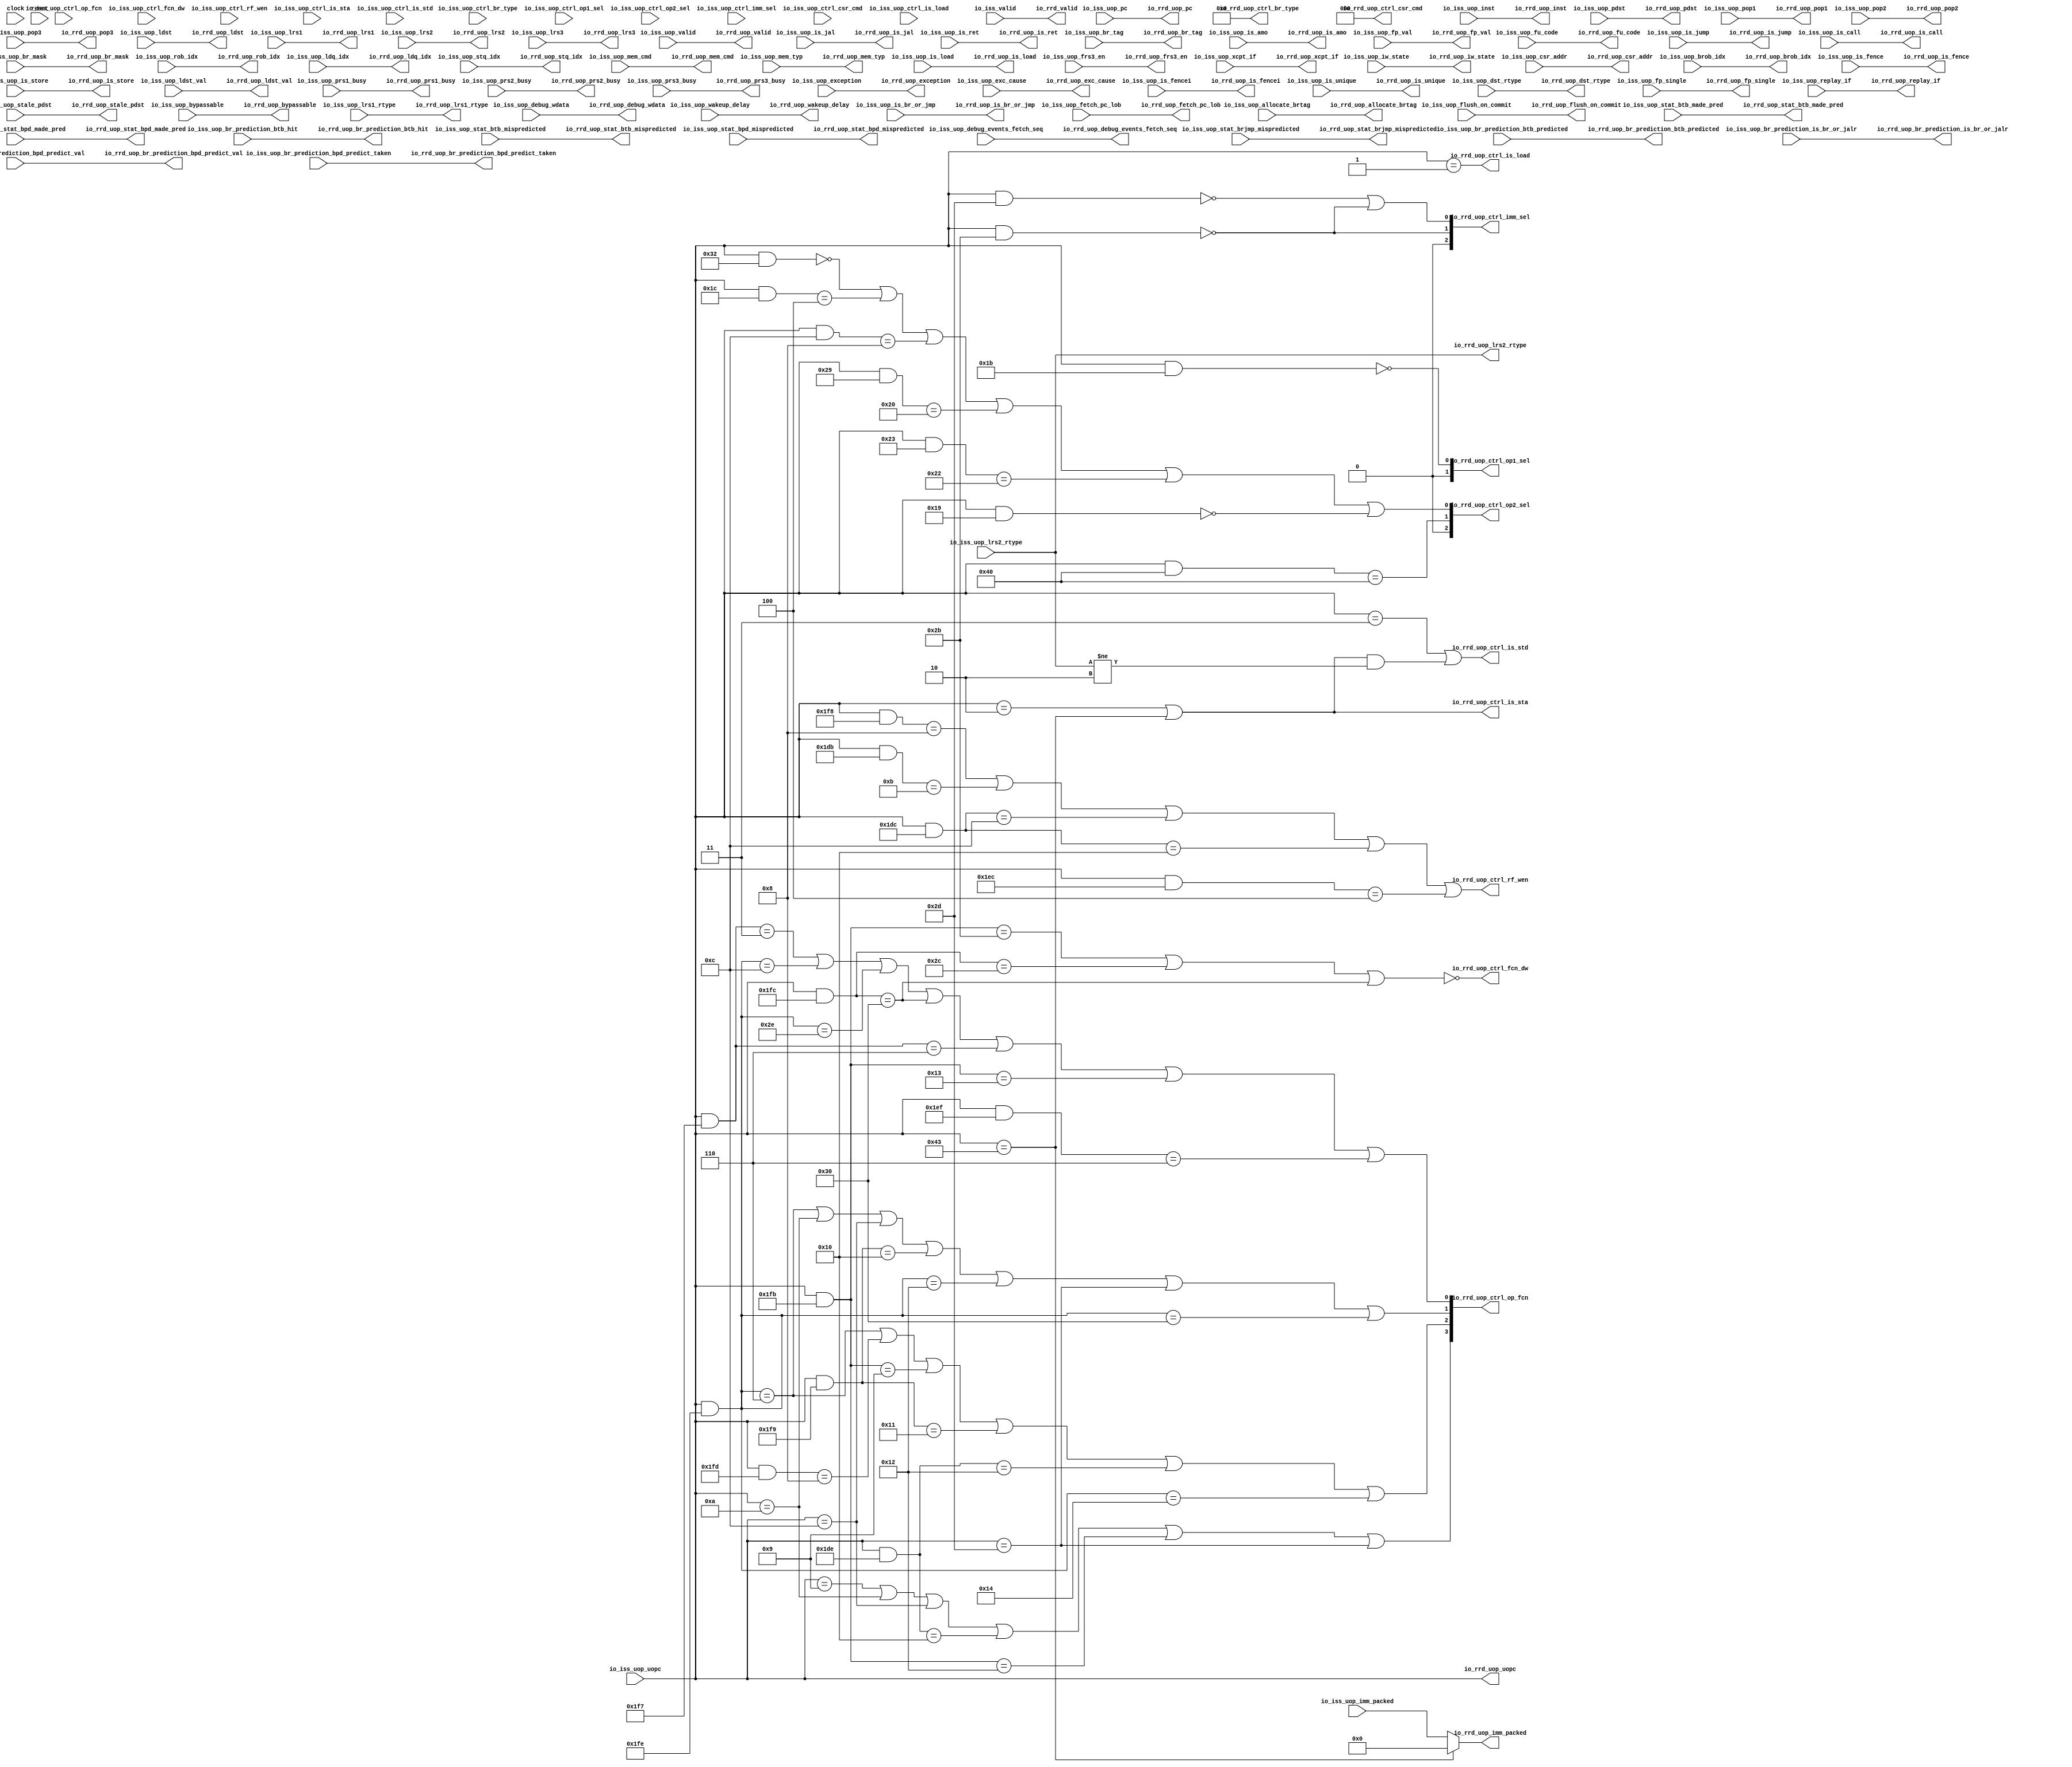
module RegisterReadDecode_3(
  input   clock,
  input   reset,
  input   io_iss_valid,
  input   io_iss_uop_valid,
  input  [1:0] io_iss_uop_iw_state,
  input  [8:0] io_iss_uop_uopc,
  input  [31:0] io_iss_uop_inst,
  input  [39:0] io_iss_uop_pc,
  input  [7:0] io_iss_uop_fu_code,
  input  [3:0] io_iss_uop_ctrl_br_type,
  input  [1:0] io_iss_uop_ctrl_op1_sel,
  input  [2:0] io_iss_uop_ctrl_op2_sel,
  input  [2:0] io_iss_uop_ctrl_imm_sel,
  input  [3:0] io_iss_uop_ctrl_op_fcn,
  input   io_iss_uop_ctrl_fcn_dw,
  input   io_iss_uop_ctrl_rf_wen,
  input  [2:0] io_iss_uop_ctrl_csr_cmd,
  input   io_iss_uop_ctrl_is_load,
  input   io_iss_uop_ctrl_is_sta,
  input   io_iss_uop_ctrl_is_std,
  input  [1:0] io_iss_uop_wakeup_delay,
  input   io_iss_uop_allocate_brtag,
  input   io_iss_uop_is_br_or_jmp,
  input   io_iss_uop_is_jump,
  input   io_iss_uop_is_jal,
  input   io_iss_uop_is_ret,
  input   io_iss_uop_is_call,
  input  [7:0] io_iss_uop_br_mask,
  input  [2:0] io_iss_uop_br_tag,
  input   io_iss_uop_br_prediction_bpd_predict_val,
  input   io_iss_uop_br_prediction_bpd_predict_taken,
  input   io_iss_uop_br_prediction_btb_hit,
  input   io_iss_uop_br_prediction_btb_predicted,
  input   io_iss_uop_br_prediction_is_br_or_jalr,
  input   io_iss_uop_stat_brjmp_mispredicted,
  input   io_iss_uop_stat_btb_made_pred,
  input   io_iss_uop_stat_btb_mispredicted,
  input   io_iss_uop_stat_bpd_made_pred,
  input   io_iss_uop_stat_bpd_mispredicted,
  input  [3:0] io_iss_uop_fetch_pc_lob,
  input  [19:0] io_iss_uop_imm_packed,
  input  [11:0] io_iss_uop_csr_addr,
  input  [6:0] io_iss_uop_rob_idx,
  input  [4:0] io_iss_uop_ldq_idx,
  input  [4:0] io_iss_uop_stq_idx,
  input  [4:0] io_iss_uop_brob_idx,
  input  [6:0] io_iss_uop_pdst,
  input  [6:0] io_iss_uop_pop1,
  input  [6:0] io_iss_uop_pop2,
  input  [6:0] io_iss_uop_pop3,
  input   io_iss_uop_prs1_busy,
  input   io_iss_uop_prs2_busy,
  input   io_iss_uop_prs3_busy,
  input  [6:0] io_iss_uop_stale_pdst,
  input   io_iss_uop_exception,
  input  [63:0] io_iss_uop_exc_cause,
  input   io_iss_uop_bypassable,
  input  [3:0] io_iss_uop_mem_cmd,
  input  [2:0] io_iss_uop_mem_typ,
  input   io_iss_uop_is_fence,
  input   io_iss_uop_is_fencei,
  input   io_iss_uop_is_store,
  input   io_iss_uop_is_amo,
  input   io_iss_uop_is_load,
  input   io_iss_uop_is_unique,
  input   io_iss_uop_flush_on_commit,
  input  [5:0] io_iss_uop_ldst,
  input  [5:0] io_iss_uop_lrs1,
  input  [5:0] io_iss_uop_lrs2,
  input  [5:0] io_iss_uop_lrs3,
  input   io_iss_uop_ldst_val,
  input  [1:0] io_iss_uop_dst_rtype,
  input  [1:0] io_iss_uop_lrs1_rtype,
  input  [1:0] io_iss_uop_lrs2_rtype,
  input   io_iss_uop_frs3_en,
  input   io_iss_uop_fp_val,
  input   io_iss_uop_fp_single,
  input   io_iss_uop_xcpt_if,
  input   io_iss_uop_replay_if,
  input  [63:0] io_iss_uop_debug_wdata,
  input  [31:0] io_iss_uop_debug_events_fetch_seq,
  output  io_rrd_valid,
  output  io_rrd_uop_valid,
  output [1:0] io_rrd_uop_iw_state,
  output [8:0] io_rrd_uop_uopc,
  output [31:0] io_rrd_uop_inst,
  output [39:0] io_rrd_uop_pc,
  output [7:0] io_rrd_uop_fu_code,
  output [3:0] io_rrd_uop_ctrl_br_type,
  output [1:0] io_rrd_uop_ctrl_op1_sel,
  output [2:0] io_rrd_uop_ctrl_op2_sel,
  output [2:0] io_rrd_uop_ctrl_imm_sel,
  output [3:0] io_rrd_uop_ctrl_op_fcn,
  output  io_rrd_uop_ctrl_fcn_dw,
  output  io_rrd_uop_ctrl_rf_wen,
  output [2:0] io_rrd_uop_ctrl_csr_cmd,
  output  io_rrd_uop_ctrl_is_load,
  output  io_rrd_uop_ctrl_is_sta,
  output  io_rrd_uop_ctrl_is_std,
  output [1:0] io_rrd_uop_wakeup_delay,
  output  io_rrd_uop_allocate_brtag,
  output  io_rrd_uop_is_br_or_jmp,
  output  io_rrd_uop_is_jump,
  output  io_rrd_uop_is_jal,
  output  io_rrd_uop_is_ret,
  output  io_rrd_uop_is_call,
  output [7:0] io_rrd_uop_br_mask,
  output [2:0] io_rrd_uop_br_tag,
  output  io_rrd_uop_br_prediction_bpd_predict_val,
  output  io_rrd_uop_br_prediction_bpd_predict_taken,
  output  io_rrd_uop_br_prediction_btb_hit,
  output  io_rrd_uop_br_prediction_btb_predicted,
  output  io_rrd_uop_br_prediction_is_br_or_jalr,
  output  io_rrd_uop_stat_brjmp_mispredicted,
  output  io_rrd_uop_stat_btb_made_pred,
  output  io_rrd_uop_stat_btb_mispredicted,
  output  io_rrd_uop_stat_bpd_made_pred,
  output  io_rrd_uop_stat_bpd_mispredicted,
  output [3:0] io_rrd_uop_fetch_pc_lob,
  output [19:0] io_rrd_uop_imm_packed,
  output [11:0] io_rrd_uop_csr_addr,
  output [6:0] io_rrd_uop_rob_idx,
  output [4:0] io_rrd_uop_ldq_idx,
  output [4:0] io_rrd_uop_stq_idx,
  output [4:0] io_rrd_uop_brob_idx,
  output [6:0] io_rrd_uop_pdst,
  output [6:0] io_rrd_uop_pop1,
  output [6:0] io_rrd_uop_pop2,
  output [6:0] io_rrd_uop_pop3,
  output  io_rrd_uop_prs1_busy,
  output  io_rrd_uop_prs2_busy,
  output  io_rrd_uop_prs3_busy,
  output [6:0] io_rrd_uop_stale_pdst,
  output  io_rrd_uop_exception,
  output [63:0] io_rrd_uop_exc_cause,
  output  io_rrd_uop_bypassable,
  output [3:0] io_rrd_uop_mem_cmd,
  output [2:0] io_rrd_uop_mem_typ,
  output  io_rrd_uop_is_fence,
  output  io_rrd_uop_is_fencei,
  output  io_rrd_uop_is_store,
  output  io_rrd_uop_is_amo,
  output  io_rrd_uop_is_load,
  output  io_rrd_uop_is_unique,
  output  io_rrd_uop_flush_on_commit,
  output [5:0] io_rrd_uop_ldst,
  output [5:0] io_rrd_uop_lrs1,
  output [5:0] io_rrd_uop_lrs2,
  output [5:0] io_rrd_uop_lrs3,
  output  io_rrd_uop_ldst_val,
  output [1:0] io_rrd_uop_dst_rtype,
  output [1:0] io_rrd_uop_lrs1_rtype,
  output [1:0] io_rrd_uop_lrs2_rtype,
  output  io_rrd_uop_frs3_en,
  output  io_rrd_uop_fp_val,
  output  io_rrd_uop_fp_single,
  output  io_rrd_uop_xcpt_if,
  output  io_rrd_uop_replay_if,
  output [63:0] io_rrd_uop_debug_wdata,
  output [31:0] io_rrd_uop_debug_events_fetch_seq
);
  wire [3:0] rrd_cs_br_type;
  wire  rrd_cs_use_alupipe;
  wire  rrd_cs_use_muldivpipe;
  wire  rrd_cs_use_mempipe;
  wire [3:0] rrd_cs_op_fcn;
  wire  rrd_cs_fcn_dw;
  wire [1:0] rrd_cs_op1_sel;
  wire [2:0] rrd_cs_op2_sel;
  wire [2:0] rrd_cs_imm_sel;
  wire  rrd_cs_rf_wen;
  wire [2:0] rrd_cs_csr_cmd;
  wire [8:0] _T_396;
  wire  _T_398;
  wire [8:0] _T_400;
  wire  _T_402;
  wire [8:0] _T_404;
  wire  _T_406;
  wire  _T_409;
  wire  _T_410;
  wire  _T_411;
  wire [8:0] _T_418;
  wire  _T_420;
  wire  _T_424;
  wire  _T_428;
  wire [8:0] _T_430;
  wire  _T_432;
  wire  _T_436;
  wire [8:0] _T_438;
  wire  _T_440;
  wire [8:0] _T_442;
  wire  _T_444;
  wire  _T_447;
  wire  _T_448;
  wire  _T_449;
  wire  _T_450;
  wire  _T_451;
  wire  _T_452;
  wire  _T_456;
  wire  _T_458;
  wire  _T_460;
  wire [8:0] _T_462;
  wire  _T_464;
  wire  _T_468;
  wire  _T_470;
  wire  _T_474;
  wire  _T_477;
  wire  _T_478;
  wire  _T_479;
  wire  _T_480;
  wire  _T_481;
  wire  _T_482;
  wire  _T_486;
  wire  _T_490;
  wire  _T_494;
  wire [8:0] _T_496;
  wire  _T_498;
  wire  _T_502;
  wire  _T_505;
  wire  _T_506;
  wire  _T_507;
  wire  _T_508;
  wire  _T_509;
  wire  _T_511;
  wire  _T_515;
  wire  _T_519;
  wire  _T_522;
  wire  _T_523;
  wire  _T_524;
  wire  _T_525;
  wire  _T_526;
  wire [1:0] _T_527;
  wire [1:0] _T_528;
  wire [3:0] _T_529;
  wire  _T_533;
  wire  _T_537;
  wire  _T_540;
  wire  _T_541;
  wire  _T_542;
  wire [8:0] _T_544;
  wire  _T_546;
  wire [1:0] _T_550;
  wire [8:0] _T_552;
  wire  _T_554;
  wire [8:0] _T_556;
  wire  _T_558;
  wire [8:0] _T_560;
  wire  _T_562;
  wire [8:0] _T_564;
  wire  _T_566;
  wire [8:0] _T_568;
  wire  _T_570;
  wire [8:0] _T_572;
  wire  _T_574;
  wire  _T_577;
  wire  _T_578;
  wire  _T_579;
  wire  _T_580;
  wire  _T_581;
  wire [8:0] _T_583;
  wire  _T_585;
  wire [1:0] _T_589;
  wire [2:0] _T_590;
  wire [8:0] _T_592;
  wire  _T_594;
  wire [8:0] _T_596;
  wire  _T_598;
  wire  _T_601;
  wire [1:0] _T_605;
  wire [2:0] _T_606;
  wire [8:0] _T_608;
  wire  _T_610;
  wire [8:0] _T_612;
  wire  _T_614;
  wire [8:0] _T_616;
  wire  _T_618;
  wire  _T_622;
  wire [8:0] _T_624;
  wire  _T_626;
  wire  _T_629;
  wire  _T_630;
  wire  _T_631;
  wire  _T_632;
  wire  _T_639;
  wire  _T_640;
  wire  _T_641;
  wire  _T_642;
  wire  _T_643;
  wire  _T_644;
  wire  _T_645;
  wire  _T_646;
  wire [19:0] _GEN_0;
  wire  _T_650;
  wire  _T_652;
  wire  _T_653;
  wire  _T_655;
  wire  csr_ren;
  wire [2:0] _T_657;
  assign io_rrd_valid = io_iss_valid;
  assign io_rrd_uop_valid = io_iss_uop_valid;
  assign io_rrd_uop_iw_state = io_iss_uop_iw_state;
  assign io_rrd_uop_uopc = io_iss_uop_uopc;
  assign io_rrd_uop_inst = io_iss_uop_inst;
  assign io_rrd_uop_pc = io_iss_uop_pc;
  assign io_rrd_uop_fu_code = io_iss_uop_fu_code;
  assign io_rrd_uop_ctrl_br_type = rrd_cs_br_type;
  assign io_rrd_uop_ctrl_op1_sel = rrd_cs_op1_sel;
  assign io_rrd_uop_ctrl_op2_sel = rrd_cs_op2_sel;
  assign io_rrd_uop_ctrl_imm_sel = rrd_cs_imm_sel;
  assign io_rrd_uop_ctrl_op_fcn = rrd_cs_op_fcn;
  assign io_rrd_uop_ctrl_fcn_dw = rrd_cs_fcn_dw;
  assign io_rrd_uop_ctrl_rf_wen = rrd_cs_rf_wen;
  assign io_rrd_uop_ctrl_csr_cmd = _T_657;
  assign io_rrd_uop_ctrl_is_load = _T_639;
  assign io_rrd_uop_ctrl_is_sta = _T_642;
  assign io_rrd_uop_ctrl_is_std = _T_646;
  assign io_rrd_uop_wakeup_delay = io_iss_uop_wakeup_delay;
  assign io_rrd_uop_allocate_brtag = io_iss_uop_allocate_brtag;
  assign io_rrd_uop_is_br_or_jmp = io_iss_uop_is_br_or_jmp;
  assign io_rrd_uop_is_jump = io_iss_uop_is_jump;
  assign io_rrd_uop_is_jal = io_iss_uop_is_jal;
  assign io_rrd_uop_is_ret = io_iss_uop_is_ret;
  assign io_rrd_uop_is_call = io_iss_uop_is_call;
  assign io_rrd_uop_br_mask = io_iss_uop_br_mask;
  assign io_rrd_uop_br_tag = io_iss_uop_br_tag;
  assign io_rrd_uop_br_prediction_bpd_predict_val = io_iss_uop_br_prediction_bpd_predict_val;
  assign io_rrd_uop_br_prediction_bpd_predict_taken = io_iss_uop_br_prediction_bpd_predict_taken;
  assign io_rrd_uop_br_prediction_btb_hit = io_iss_uop_br_prediction_btb_hit;
  assign io_rrd_uop_br_prediction_btb_predicted = io_iss_uop_br_prediction_btb_predicted;
  assign io_rrd_uop_br_prediction_is_br_or_jalr = io_iss_uop_br_prediction_is_br_or_jalr;
  assign io_rrd_uop_stat_brjmp_mispredicted = io_iss_uop_stat_brjmp_mispredicted;
  assign io_rrd_uop_stat_btb_made_pred = io_iss_uop_stat_btb_made_pred;
  assign io_rrd_uop_stat_btb_mispredicted = io_iss_uop_stat_btb_mispredicted;
  assign io_rrd_uop_stat_bpd_made_pred = io_iss_uop_stat_bpd_made_pred;
  assign io_rrd_uop_stat_bpd_mispredicted = io_iss_uop_stat_bpd_mispredicted;
  assign io_rrd_uop_fetch_pc_lob = io_iss_uop_fetch_pc_lob;
  assign io_rrd_uop_imm_packed = _GEN_0;
  assign io_rrd_uop_csr_addr = io_iss_uop_csr_addr;
  assign io_rrd_uop_rob_idx = io_iss_uop_rob_idx;
  assign io_rrd_uop_ldq_idx = io_iss_uop_ldq_idx;
  assign io_rrd_uop_stq_idx = io_iss_uop_stq_idx;
  assign io_rrd_uop_brob_idx = io_iss_uop_brob_idx;
  assign io_rrd_uop_pdst = io_iss_uop_pdst;
  assign io_rrd_uop_pop1 = io_iss_uop_pop1;
  assign io_rrd_uop_pop2 = io_iss_uop_pop2;
  assign io_rrd_uop_pop3 = io_iss_uop_pop3;
  assign io_rrd_uop_prs1_busy = io_iss_uop_prs1_busy;
  assign io_rrd_uop_prs2_busy = io_iss_uop_prs2_busy;
  assign io_rrd_uop_prs3_busy = io_iss_uop_prs3_busy;
  assign io_rrd_uop_stale_pdst = io_iss_uop_stale_pdst;
  assign io_rrd_uop_exception = io_iss_uop_exception;
  assign io_rrd_uop_exc_cause = io_iss_uop_exc_cause;
  assign io_rrd_uop_bypassable = io_iss_uop_bypassable;
  assign io_rrd_uop_mem_cmd = io_iss_uop_mem_cmd;
  assign io_rrd_uop_mem_typ = io_iss_uop_mem_typ;
  assign io_rrd_uop_is_fence = io_iss_uop_is_fence;
  assign io_rrd_uop_is_fencei = io_iss_uop_is_fencei;
  assign io_rrd_uop_is_store = io_iss_uop_is_store;
  assign io_rrd_uop_is_amo = io_iss_uop_is_amo;
  assign io_rrd_uop_is_load = io_iss_uop_is_load;
  assign io_rrd_uop_is_unique = io_iss_uop_is_unique;
  assign io_rrd_uop_flush_on_commit = io_iss_uop_flush_on_commit;
  assign io_rrd_uop_ldst = io_iss_uop_ldst;
  assign io_rrd_uop_lrs1 = io_iss_uop_lrs1;
  assign io_rrd_uop_lrs2 = io_iss_uop_lrs2;
  assign io_rrd_uop_lrs3 = io_iss_uop_lrs3;
  assign io_rrd_uop_ldst_val = io_iss_uop_ldst_val;
  assign io_rrd_uop_dst_rtype = io_iss_uop_dst_rtype;
  assign io_rrd_uop_lrs1_rtype = io_iss_uop_lrs1_rtype;
  assign io_rrd_uop_lrs2_rtype = io_iss_uop_lrs2_rtype;
  assign io_rrd_uop_frs3_en = io_iss_uop_frs3_en;
  assign io_rrd_uop_fp_val = io_iss_uop_fp_val;
  assign io_rrd_uop_fp_single = io_iss_uop_fp_single;
  assign io_rrd_uop_xcpt_if = io_iss_uop_xcpt_if;
  assign io_rrd_uop_replay_if = io_iss_uop_replay_if;
  assign io_rrd_uop_debug_wdata = io_iss_uop_debug_wdata;
  assign io_rrd_uop_debug_events_fetch_seq = io_iss_uop_debug_events_fetch_seq;
  assign rrd_cs_br_type = 4'h0;
  assign rrd_cs_use_alupipe = _T_411;
  assign rrd_cs_use_muldivpipe = 1'h0;
  assign rrd_cs_use_mempipe = _T_410;
  assign rrd_cs_op_fcn = _T_529;
  assign rrd_cs_fcn_dw = _T_542;
  assign rrd_cs_op1_sel = _T_550;
  assign rrd_cs_op2_sel = _T_590;
  assign rrd_cs_imm_sel = _T_606;
  assign rrd_cs_rf_wen = _T_632;
  assign rrd_cs_csr_cmd = 3'h0;
  assign _T_396 = io_rrd_uop_uopc & 9'h1fd;
  assign _T_398 = _T_396 == 9'h1;
  assign _T_400 = io_rrd_uop_uopc & 9'h1fe;
  assign _T_402 = _T_400 == 9'h2;
  assign _T_404 = io_rrd_uop_uopc & 9'h1bf;
  assign _T_406 = _T_404 == 9'h3;
  assign _T_409 = _T_398 | _T_402;
  assign _T_410 = _T_409 | _T_406;
  assign _T_411 = ~ _T_410;
  assign _T_418 = io_rrd_uop_uopc & 9'h1f7;
  assign _T_420 = _T_418 == 9'h3;
  assign _T_424 = _T_400 == 9'hc;
  assign _T_428 = _T_400 == 9'h2e;
  assign _T_430 = io_rrd_uop_uopc & 9'h1fc;
  assign _T_432 = _T_430 == 9'h30;
  assign _T_436 = _T_418 == 9'h6;
  assign _T_438 = io_rrd_uop_uopc & 9'h1fb;
  assign _T_440 = _T_438 == 9'h13;
  assign _T_442 = io_rrd_uop_uopc & 9'h1ef;
  assign _T_444 = _T_442 == 9'h6;
  assign _T_447 = _T_420 | _T_424;
  assign _T_448 = _T_447 | _T_428;
  assign _T_449 = _T_448 | _T_432;
  assign _T_450 = _T_449 | _T_436;
  assign _T_451 = _T_450 | _T_440;
  assign _T_452 = _T_451 | _T_444;
  assign _T_456 = _T_400 == 9'h6;
  assign _T_458 = io_rrd_uop_uopc == 9'ha;
  assign _T_460 = io_rrd_uop_uopc == 9'hc;
  assign _T_462 = io_rrd_uop_uopc & 9'h1f9;
  assign _T_464 = _T_462 == 9'h10;
  assign _T_468 = _T_400 == 9'h12;
  assign _T_470 = io_rrd_uop_uopc == 9'h2d;
  assign _T_474 = _T_400 == 9'h30;
  assign _T_477 = _T_456 | _T_458;
  assign _T_478 = _T_477 | _T_460;
  assign _T_479 = _T_478 | _T_464;
  assign _T_480 = _T_479 | _T_468;
  assign _T_481 = _T_480 | _T_470;
  assign _T_482 = _T_481 | _T_474;
  assign _T_486 = _T_396 == 9'h8;
  assign _T_490 = _T_438 == 9'h9;
  assign _T_494 = _T_462 == 9'h11;
  assign _T_496 = io_rrd_uop_uopc & 9'h1de;
  assign _T_498 = _T_496 == 9'h12;
  assign _T_502 = _T_400 == 9'h14;
  assign _T_505 = _T_456 | _T_486;
  assign _T_506 = _T_505 | _T_490;
  assign _T_507 = _T_506 | _T_494;
  assign _T_508 = _T_507 | _T_498;
  assign _T_509 = _T_508 | _T_502;
  assign _T_511 = io_rrd_uop_uopc == 9'h9;
  assign _T_515 = _T_496 == 9'h10;
  assign _T_519 = _T_438 == 9'h12;
  assign _T_522 = _T_511 | _T_458;
  assign _T_523 = _T_522 | _T_460;
  assign _T_524 = _T_523 | _T_515;
  assign _T_525 = _T_524 | _T_519;
  assign _T_526 = _T_525 | _T_470;
  assign _T_527 = {_T_482,_T_452};
  assign _T_528 = {_T_526,_T_509};
  assign _T_529 = {_T_528,_T_527};
  assign _T_533 = _T_438 == 9'h2b;
  assign _T_537 = _T_430 == 9'h2c;
  assign _T_540 = _T_533 | _T_537;
  assign _T_541 = _T_540 | _T_432;
  assign _T_542 = ~ _T_541;
  assign _T_544 = io_rrd_uop_uopc & 9'h1b;
  assign _T_546 = _T_544 == 9'h0;
  assign _T_550 = {1'h0,_T_546};
  assign _T_552 = io_rrd_uop_uopc & 9'h32;
  assign _T_554 = _T_552 == 9'h0;
  assign _T_556 = io_rrd_uop_uopc & 9'h1c;
  assign _T_558 = _T_556 == 9'h4;
  assign _T_560 = io_rrd_uop_uopc & 9'hc;
  assign _T_562 = _T_560 == 9'h8;
  assign _T_564 = io_rrd_uop_uopc & 9'h29;
  assign _T_566 = _T_564 == 9'h20;
  assign _T_568 = io_rrd_uop_uopc & 9'h23;
  assign _T_570 = _T_568 == 9'h22;
  assign _T_572 = io_rrd_uop_uopc & 9'h19;
  assign _T_574 = _T_572 == 9'h0;
  assign _T_577 = _T_554 | _T_558;
  assign _T_578 = _T_577 | _T_562;
  assign _T_579 = _T_578 | _T_566;
  assign _T_580 = _T_579 | _T_570;
  assign _T_581 = _T_580 | _T_574;
  assign _T_583 = io_rrd_uop_uopc & 9'h40;
  assign _T_585 = _T_583 == 9'h40;
  assign _T_589 = {1'h0,_T_585};
  assign _T_590 = {_T_589,_T_581};
  assign _T_592 = io_rrd_uop_uopc & 9'h2d;
  assign _T_594 = _T_592 == 9'h0;
  assign _T_596 = io_rrd_uop_uopc & 9'h2b;
  assign _T_598 = _T_596 == 9'h0;
  assign _T_601 = _T_594 | _T_598;
  assign _T_605 = {1'h0,_T_598};
  assign _T_606 = {_T_605,_T_601};
  assign _T_608 = io_rrd_uop_uopc & 9'h1f8;
  assign _T_610 = _T_608 == 9'h8;
  assign _T_612 = io_rrd_uop_uopc & 9'h1db;
  assign _T_614 = _T_612 == 9'hb;
  assign _T_616 = io_rrd_uop_uopc & 9'h1dc;
  assign _T_618 = _T_616 == 9'hc;
  assign _T_622 = _T_616 == 9'h10;
  assign _T_624 = io_rrd_uop_uopc & 9'h1ec;
  assign _T_626 = _T_624 == 9'h4;
  assign _T_629 = _T_610 | _T_614;
  assign _T_630 = _T_629 | _T_618;
  assign _T_631 = _T_630 | _T_622;
  assign _T_632 = _T_631 | _T_626;
  assign _T_639 = io_rrd_uop_uopc == 9'h1;
  assign _T_640 = io_rrd_uop_uopc == 9'h2;
  assign _T_641 = io_rrd_uop_uopc == 9'h43;
  assign _T_642 = _T_640 | _T_641;
  assign _T_643 = io_rrd_uop_uopc == 9'h3;
  assign _T_644 = io_rrd_uop_lrs2_rtype != 2'h2;
  assign _T_645 = io_rrd_uop_ctrl_is_sta & _T_644;
  assign _T_646 = _T_643 | _T_645;
  assign _GEN_0 = _T_641 ? 20'h0 : io_iss_uop_imm_packed;
  assign _T_650 = rrd_cs_csr_cmd == 3'h2;
  assign _T_652 = rrd_cs_csr_cmd == 3'h3;
  assign _T_653 = _T_650 | _T_652;
  assign _T_655 = io_rrd_uop_pop1 == 7'h0;
  assign csr_ren = _T_653 & _T_655;
  assign _T_657 = csr_ren ? 3'h5 : rrd_cs_csr_cmd;
endmodule